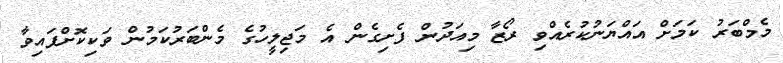
މެމްބަރު ކަމަށް އައްޔަނުކުރެއްވި ރޯޒާ މިއަދުން ފެށިގެން އެ މަޖިލީހުގެ މެންބަރުކަމުން ވަކިކޮށްފައިވާ